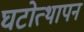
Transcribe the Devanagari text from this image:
घटोत्थापन